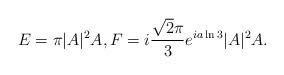
LaTeX: \begin{align*} E = \pi|A|^2A, F = i \frac{\sqrt{2}\pi}{3} e^{ia\ln 3}|A|^2A.\end{align*}